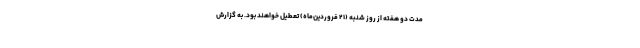
مدت دو هفته از روز شنبه (۲۱ فروردین‌ماه) تعطیل خواهند بود. به گزارش